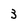
Character: 3